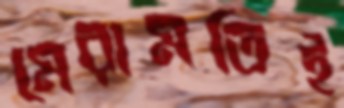
মেরামতিই